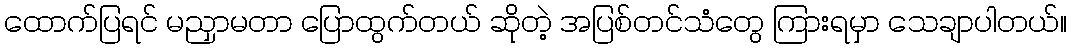
ထောက်ပြရင် မညှာမတာ ပြောထွက်တယ် ဆိုတဲ့ အပြစ်တင်သံတွေ ကြားရမှာ သေချာပါတယ်။